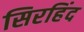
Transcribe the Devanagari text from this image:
सिरहिंद